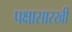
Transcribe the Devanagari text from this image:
पक्षासारखी